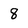
Character: 8